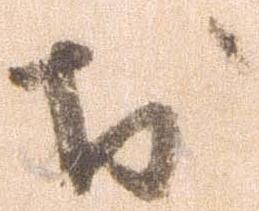
お